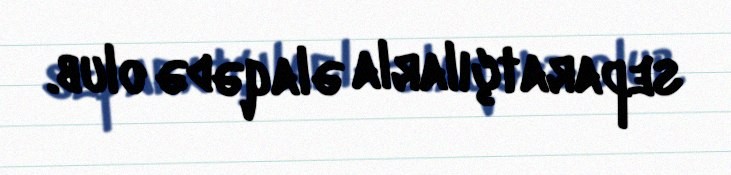
separatçılarla əlaqədə olub.